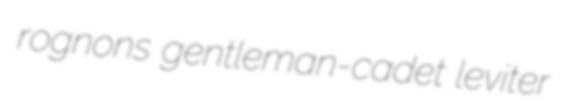
rognons gentleman-cadet leviter